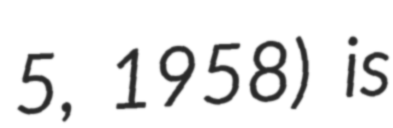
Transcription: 5, 1958) is